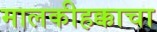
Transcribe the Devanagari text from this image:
मालकीहक्काचा